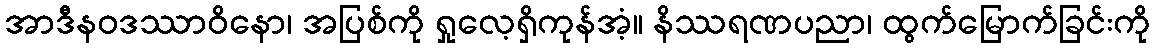
အာဒီနဝဒဿာဝိနော၊ အပြစ်ကို ရှုလေ့ရှိကုန်အံ့။ နိဿရဏပညာ၊ ထွက်မြောက်ခြင်းကို